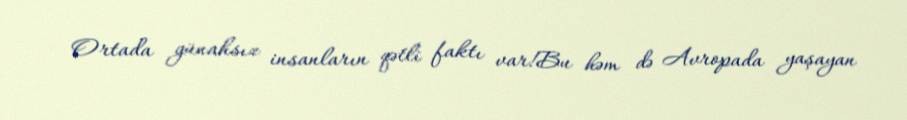
Ortada günahsız insanların qətli faktı var!Bu həm də Avropada yaşayan